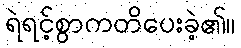
ရဲရင့်စွာကတိပေးခဲ့၏။